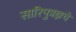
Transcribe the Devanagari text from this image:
सारिपुत्रज्ञचे